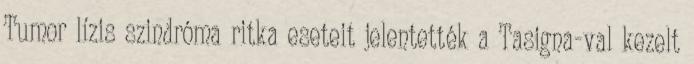
Tumor lízis szindróma ritka eseteit jelentették a Tasigna-val kezelt